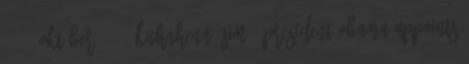
2014. október 18. ↑ Kuhnhenn, Jim. „President Obama appoints